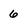
Character: 6